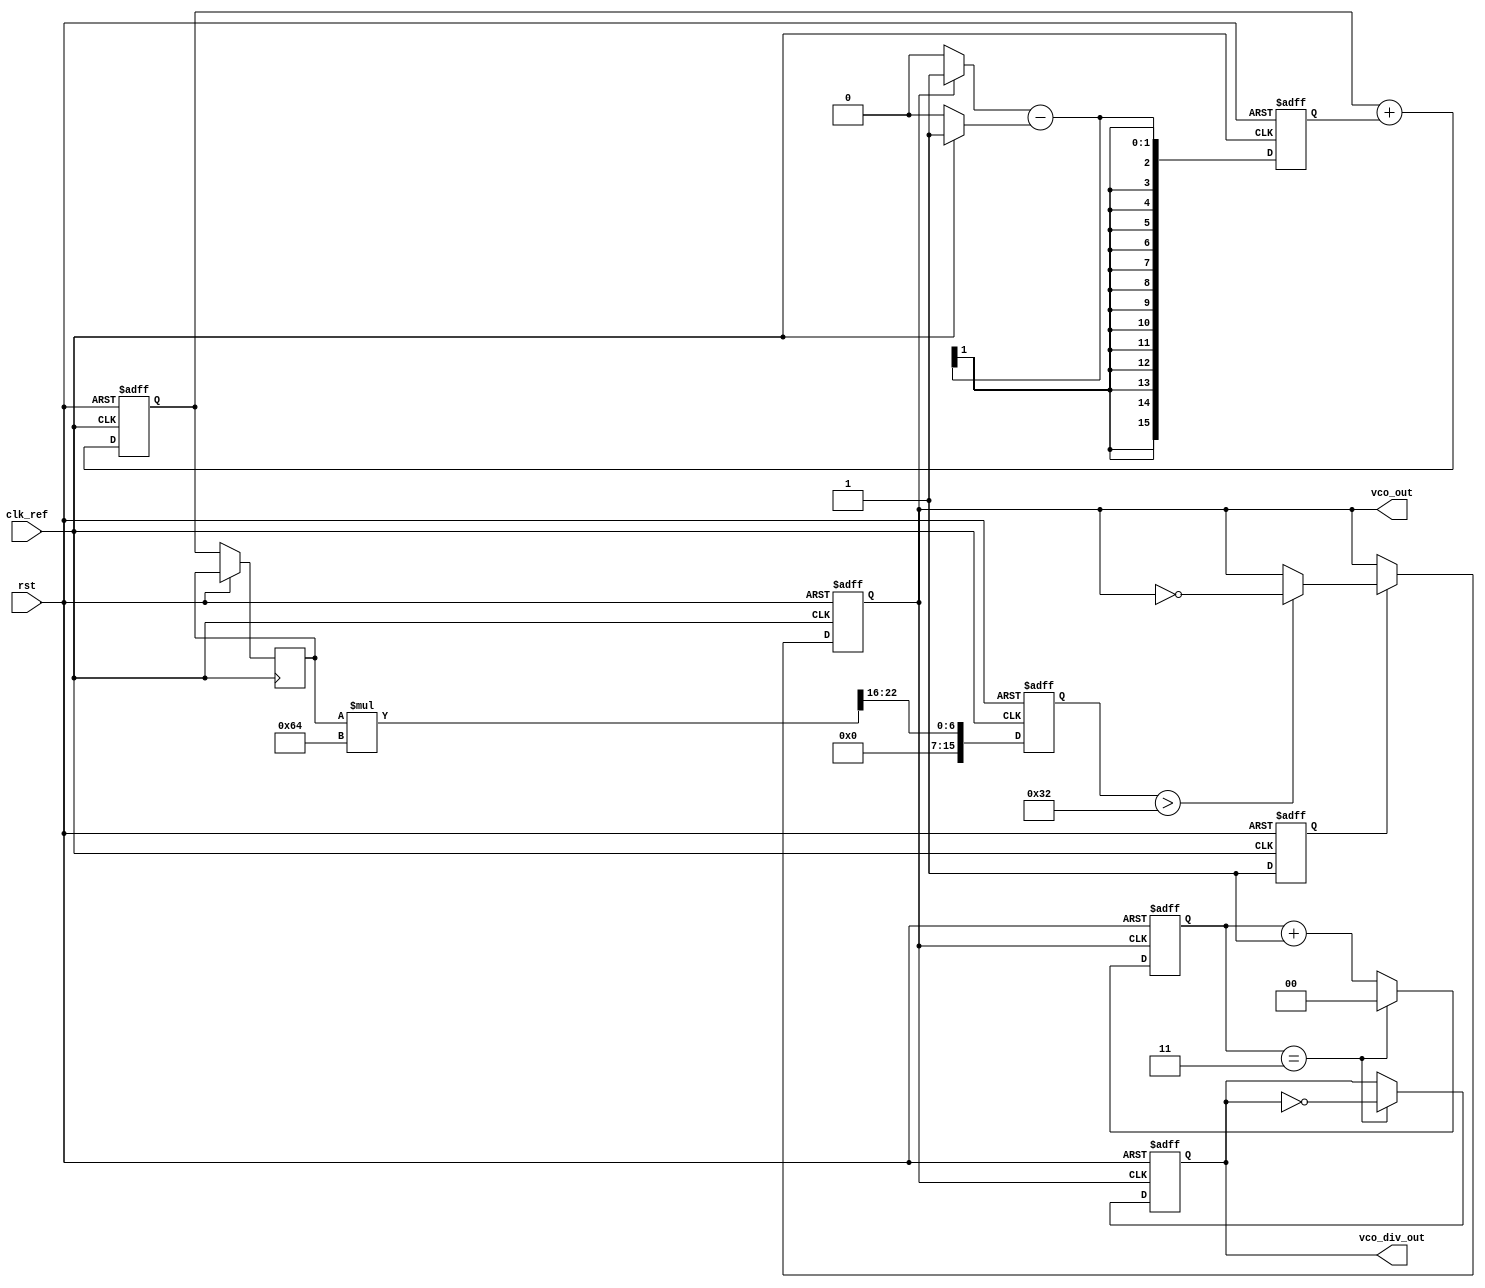
module sigma_delta_pll (
    input wire clk_ref,           // Reference clock input
    input wire rst,               // Reset signal
    output wire vco_out,          // Output of VCO
    output wire [1:0] vco_div_out // Output of VCO after divider (optional)
);

    // Parameters
    parameter VCO_MAX_FREQ = 100; // Maximum frequency of VCO
    parameter DIV_FACTOR = 4;      // Divider factor for output

    // Internal signals
    reg [15:0] phase_error;        // Phase error signal
    reg [15:0] control_voltage;     // Control voltage from loop filter
    reg [15:0] filtered_voltage;    // Filtered control voltage
    reg [15:0] sigma_delta_out;     // Output of sigma-delta modulator
    reg vco_enable;                 // VCO enable signal
    reg [15:0] vco_freq;            // VCO frequency
    reg vco_clk;                   // VCO clock signal

    // Phase Detector (PD)
    always @(posedge clk_ref or posedge rst) begin
        if (rst) begin
            phase_error <= 0;
        end else begin
            // Compare phase of reference with VCO output
            // For simplicity, assume a simple phase comparison
            phase_error <= (vco_clk ? 1 : 0) - (clk_ref ? 1 : 0);
        end
    end

    // Loop Filter (Simple Integrator)
    always @(posedge clk_ref or posedge rst) begin
        if (rst) begin
            filtered_voltage <= 0;
        end else begin
            // Simple integration of phase error
            filtered_voltage <= filtered_voltage + phase_error;
            control_voltage <= filtered_voltage; // Output to VCO
        end
    end

    // Sigma-Delta Modulator
    always @(posedge clk_ref or posedge rst) begin
        if (rst) begin
            sigma_delta_out <= 0;
        end else begin
            // Simple 1-bit quantizer
            sigma_delta_out <= (control_voltage > 16'h8000) ? 1 : 0; // Threshold at 0.5
        end
    end

    // Voltage-Controlled Oscillator (VCO)
    always @(posedge clk_ref or posedge rst) begin
        if (rst) begin
            vco_freq <= 0;
            vco_enable <= 0;
        end else begin
            // Adjust VCO frequency based on control voltage
            vco_freq <= (control_voltage * VCO_MAX_FREQ) >> 16; // Scale to VCO range
            vco_enable <= 1;
        end
    end

    // Generate VCO output clock
    always @(posedge clk_ref or posedge rst) begin
        if (rst) begin
            vco_clk <= 0;
        end else if (vco_enable) begin
            // Simple frequency generation based on vco_freq
            // This is a placeholder for actual VCO behavior
            vco_clk <= (vco_freq > (VCO_MAX_FREQ / 2)) ? ~vco_clk : vco_clk;
        end
    end

    // Output Divider (optional)
    reg [1:0] divider_count;
    always @(posedge vco_clk or posedge rst) begin
        if (rst) begin
            divider_count <= 0;
            vco_div_out <= 0;
        end else begin
            if (divider_count == DIV_FACTOR - 1) begin
                vco_div_out <= ~vco_div_out; // Toggle output on every DIV_FACTOR cycles
                divider_count <= 0;
            end else begin
                divider_count <= divider_count + 1;
            end
        end
    end

    assign vco_out = vco_clk; // VCO output

endmodule